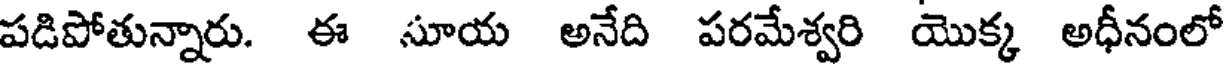
పడిపోతున్నారు. ఈ సూయ అనేది పరమేశ్వరి యొక్క అధీనంలో